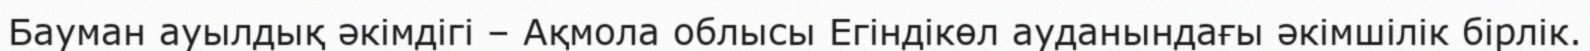
Бауман ауылдық әкімдігі – Ақмола облысы Егіндікөл ауданындағы әкімшілік бірлік.